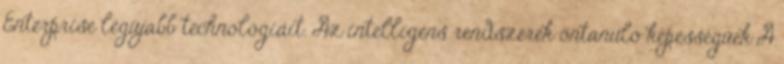
Enterprise legújabb technológiáit. Az intelligens rendszerek öntanuló képességűek A